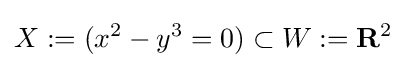
X:=(x^{2}-y^{3}=0)\subset W:=\mathbf {R} ^{2}